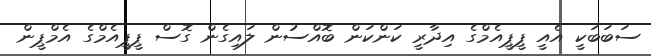
ސަބަބަކީ އެއީ ޕީޕީއެމްގެ އިދާރީ ކަންކަން ބޮއްސުން ލައިގެން ގޮސް ޕީޕީއެމްގެ އެމްޕީން